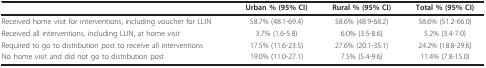
|  | Urban % (95% CI) | Rural % (95% CI) | Total % (95% CI) |
 | --- | --- | --- | --- |
 | Received home visit for interventions, including voucher for LLIN | 58.7% (48.1-69.4) | 58.6% (48.9-68.2) | 58.6% (51.2-66.0) |
 | Received all interventions, including LLIN, at home visit | 3.7% (1.6-5.8) | 6.0% (3.5-8.6) | 5.2% (3.4-7.0) |
 | Required to go to distribution post to receive all interventions | 17.5% (11.6-23.5) | 27.6% (20.1-35.1) | 24.2% (18.8-29.6) |
 | No home visit and did not go to distribution post | 19.0% (11.0-27.1) | 7.5% (5.4-9.6) | 11.4% (7.8-15.0) |